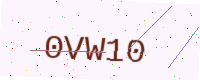
Text: 0VW10